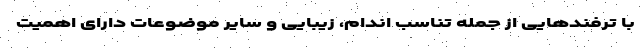
با ترفندهایی از جمله تناسب اندام، زیبایی و سایر موضوعات دارای اهمیت